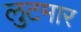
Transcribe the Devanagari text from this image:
लुटमार